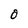
Character: O